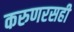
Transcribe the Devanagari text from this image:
करुणरसही